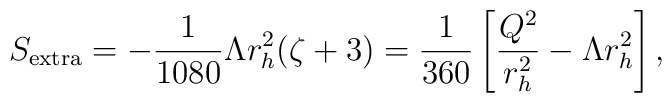
S_{{\rm {extra}}} = -\frac {1}{1080} \Lambda r_{h}^{2}(\zeta +3) =\frac {1}{360} \left[ \frac {Q^{2}}{r_{h}^{2}}-\Lambda r_{h}^{2} \right],